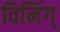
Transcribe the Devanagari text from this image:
विनिंग्